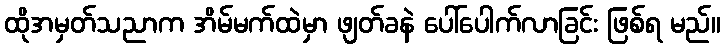
ထိုအမှတ်သညာက အိမ်မက်ထဲမှာ ဖျတ်ခနဲ ပေါ်ပေါက်လာခြင်း ဖြစ်ရ မည်။